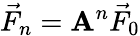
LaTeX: {\vec{F}}_{n}=\mathbf{A}^{n}{\vec{F}}_{0}